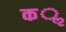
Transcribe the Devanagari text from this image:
कॢ